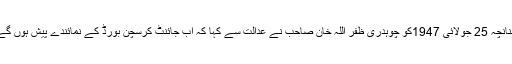
چنانچہ 25 جولائی 1947کو چوہدری ظفر اللہ خان صاحب نے عدالت سے کہا کہ اب جائنٹ کرسچن بورڈ کے نمائندے پیش ہوں گے۔